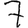
Digit: 7